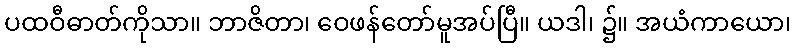
ပထဝီဓာတ်ကိုသာ။ ဘာဇိတာ၊ ဝေဖန်တော်မူအပ်ပြီ။ ယဒါ၊ ၌။ အယံကာယော၊